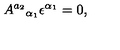
A ^ { a _ { 2 } } { } _ { \alpha _ { 1 } } \epsilon ^ { \alpha _ { 1 } } = 0 ,